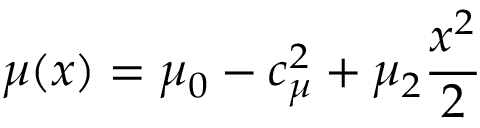
\mu ( x ) = \mu _ { 0 } - c _ { \mu } ^ { 2 } + \mu _ { 2 } \frac { x ^ { 2 } } { 2 }